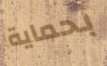
بحماية